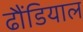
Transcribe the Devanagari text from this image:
ढौंडियाल